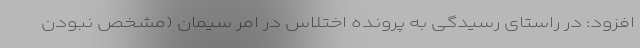
افزود: در راستای رسیدگی به پرونده اختلاس در امر سیمان (مشخص نبودن